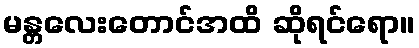
မန္တလေးတောင်အထိ ဆိုရင်ရော။